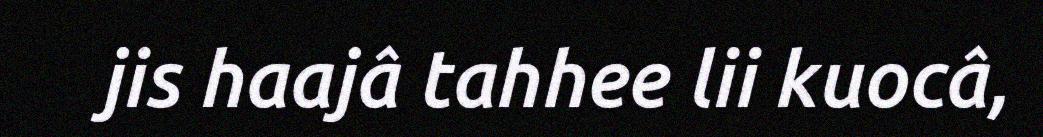
jis haajâ tahhee lii kuocâ,